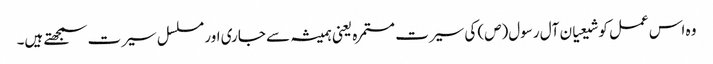
وہ اس عمل کو شیعیان آل رسول(ص) کی سیرت مستمرہ یعنی ہمیشہ سے جاری اور مسلسل سیرت سمجھتے ہیں۔